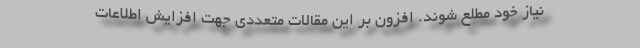
نیاز خود مطلع شوند. افزون بر این مقالات متعددی جهت افزایش اطلاعات